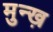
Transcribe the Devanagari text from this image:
मुन्ख़